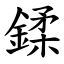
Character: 鍒